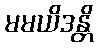
မမယိဒန္တိ